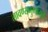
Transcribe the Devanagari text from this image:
लावण्यगुणांमुळे